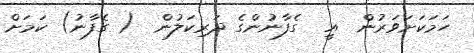
ހަމަކަށަވަރުން  އީ  ގެފާނުންގެ ދަރިކަލުން  ( ގެފާނު) ކަމަށް